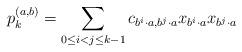
LaTeX: \begin{align*}p_k^{(a,b)}=\sum_{0 \leq i < j \leq k-1}c_{b^i \cdot a,b^j \cdot a}x_{b^i \cdot a}x_{b^j \cdot a}\end{align*}